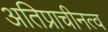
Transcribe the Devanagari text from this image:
अतिप्राचीनत्व